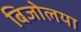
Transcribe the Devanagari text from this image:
बिजोलया